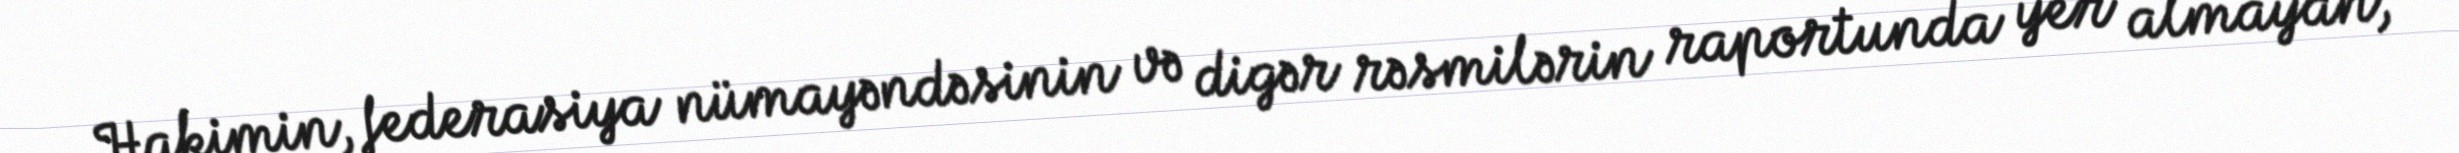
Hakimin, federasiya nümayəndəsinin və digər rəsmilərin raportunda yer almayan,